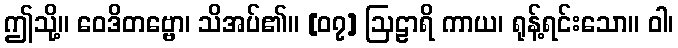
ဤသို့။ ဝေဒိတဗ္ဗော၊ သိအပ်၏။ [၀၇] ဩဠာရိ ကာယ၊ ရုန့်ရင်းသော။ ဝါ၊